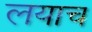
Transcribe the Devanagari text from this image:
लयाच